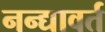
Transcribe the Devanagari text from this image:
नन्द्यावर्त